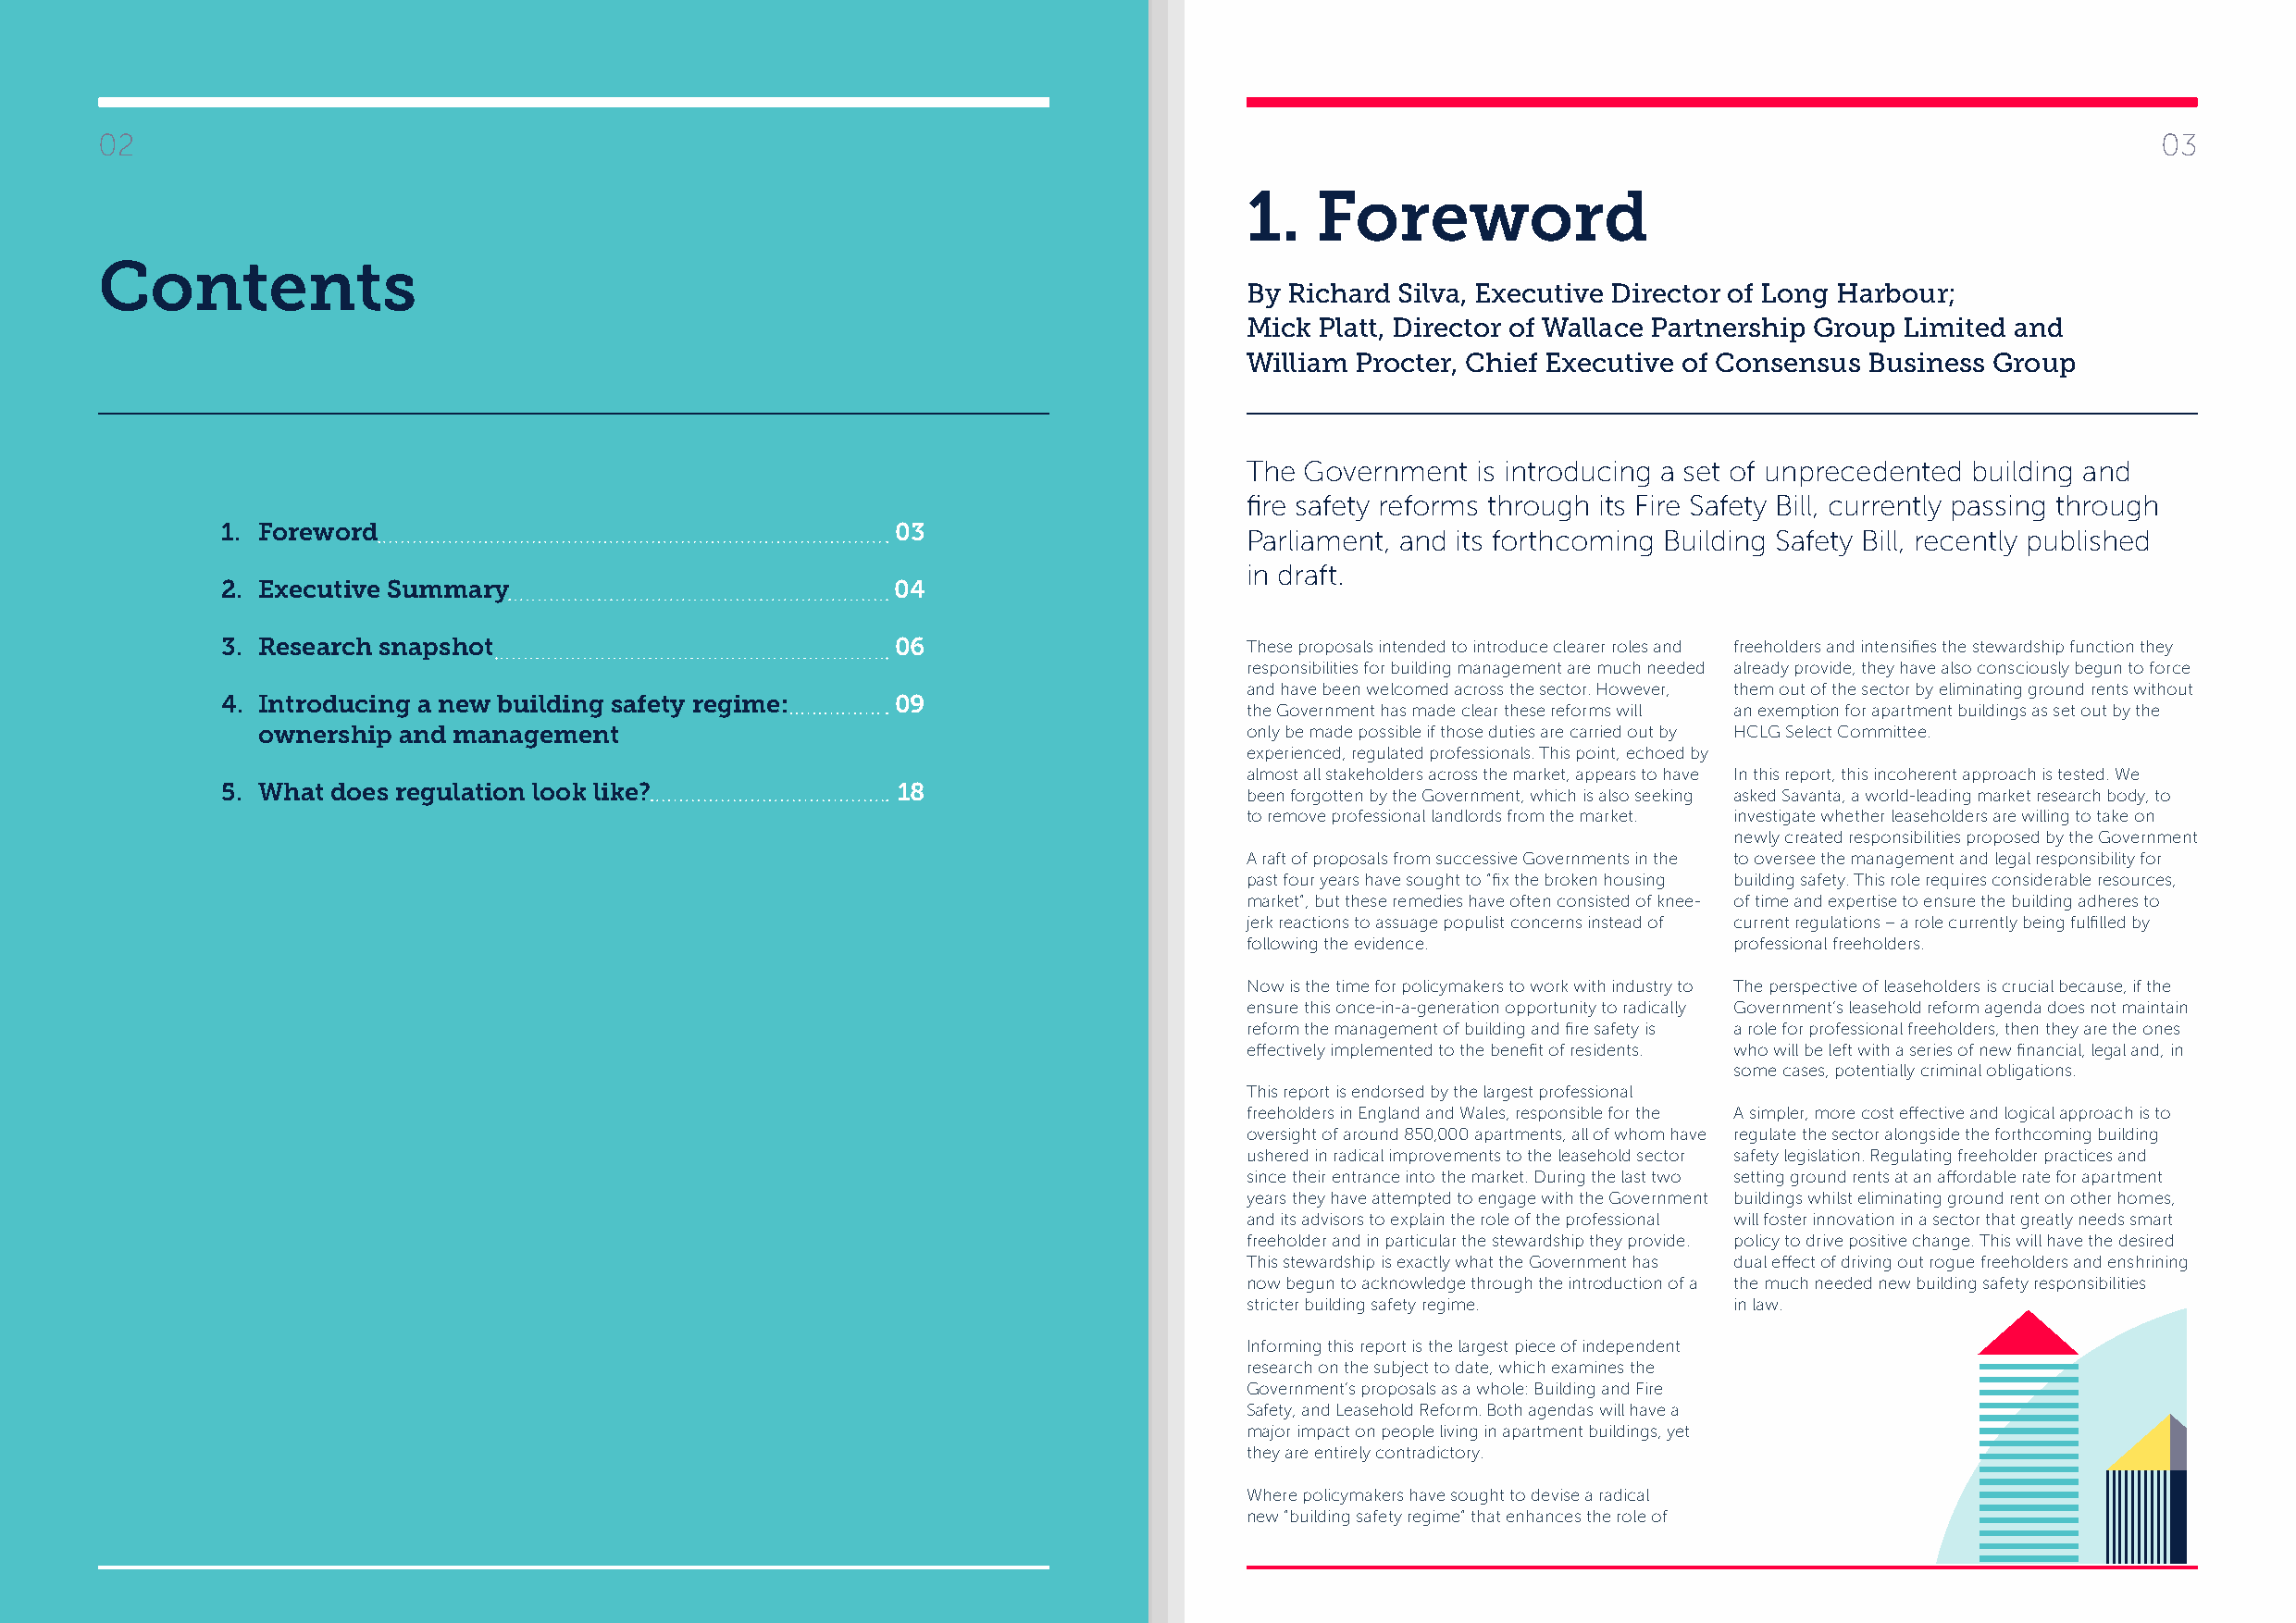
02                                                                                                                                                  03
 1.   Foreword
 Contents
 By Richard Silva, Executive Director of Long Harbour;
 Mick Platt, Director of Wallace Partnership Group Limited and
 William Procter, Chief Executive of Consensus Business Group
 The Government   is introducing a set of unprecedented building and
 fire safety reforms through its Fire Safety Bill, currently passing through
 1. Foreword                                     03                       Parliament, and its forthcoming Building Safety Bill, recently published
 in draft.
 2. Executive Summary                            04
 3. Research snapshot                            06                       These proposals intended to introduce clearer roles and freeholders and intensifies the stewardship function they
 responsibilities for building management are much needed already provide, they have also consciously begun to force
 and have been welcomed across the sector. However, them out of the sector by eliminating ground rents without
 4. Introducing a new building safety regime:    09
 the Government has made clear these reforms will an exemption for apartment buildings as set out by the
 ownership  and management                                              only be made possible if those duties are carried out by HCLG Select Committee.
 experienced, regulated professionals. This point, echoed by
 almost all stakeholders across the market, appears to have In this report, this incoherent approach is tested. We
 5. What does regulation look like?              18
 been forgotten by the Government, which is also seeking asked Savanta, a world-leading market research body, to
 to remove professional landlords from the market. investigate whether leaseholders are willing to take on
 newly created responsibilities proposed by the Government
 A raft of proposals from successive Governments in the to oversee the management and legal responsibility for
 past four years have sought to “fix the broken housing building safety. This role requires considerable resources,
 market”, but these remedies have often consisted of knee- of time and expertise to ensure the building adheres to
 jerk reactions to assuage populist concerns instead of current regulations – a role currently being fulfilled by
 following the evidence.            professional freeholders.
 Now is the time for policymakers to work with industry to The perspective of leaseholders is crucial because, if the
 ensure this once-in-a-generation opportunity to radically Government’s leasehold reform agenda does not maintain
 reform the management of building and fire safety is a role for professional freeholders, then they are the ones
 effectively implemented to the benefit of residents. who will be left with a series of new financial, legal and, in
 some cases, potentially criminal obligations.
 This report is endorsed by the largest professional
 freeholders in England and Wales, responsible for the A simpler, more cost effective and logical approach is to
 oversight of around 850,000 apartments, all of whom have regulate the sector alongside the forthcoming building
 ushered in radical improvements to the leasehold sector safety legislation. Regulating freeholder practices and
 since their entrance into the market. During the last two setting ground rents at an affordable rate for apartment
 years they have attempted to engage with the Government buildings whilst eliminating ground rent on other homes,
 and its advisors to explain the role of the professional will foster innovation in a sector that greatly needs smart
 freeholder and in particular the stewardship they provide. policy to drive positive change. This will have the desired
 This stewardship is exactly what the Government has dual effect of driving out rogue freeholders and enshrining
 now begun to acknowledge through the introduction of a the much needed new building safety responsibilities
 stricter building safety regime.   in law.
 Informing this report is the largest piece of independent
 research on the subject to date, which examines the
 Government’s proposals as a whole: Building and Fire
 Safety, and Leasehold Reform. Both agendas will have a
 major impact on people living in apartment buildings, yet
 they are entirely contradictory.
 Where policymakers have sought to devise a radical
 new “building safety regime” that enhances the role of